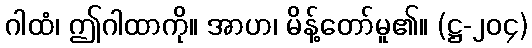
ဂါထံ၊ ဤဂါထာကို။ အာဟ၊ မိန့်တော်မူ၏။ (ဋ္ဌ-၂၀၄)